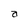
Character: a